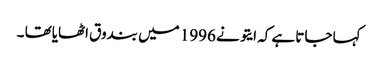
کہا جاتا ہے کہ ایتو نے 1996 میں بندوق اٹھایاتھا ۔